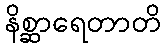
နိစ္ဆာရေတာတိ